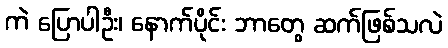
ကဲ ပြောပါဦး၊ နောက်ပိုင်း ဘာတွေ ဆက်ဖြစ်သလဲ